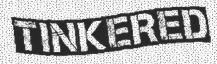
TINKERED